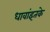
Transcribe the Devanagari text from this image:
धावांइतके